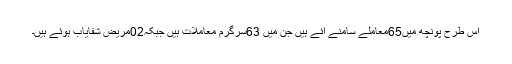
اس طرح پونچھ میں65معاملے سامنے آئے ہیں جن میں 63سرگرم معاملات ہیں جبکہ02مریض شفایاب ہوئے ہیں۔